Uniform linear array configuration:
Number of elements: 4
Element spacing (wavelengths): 0.25
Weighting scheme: hann
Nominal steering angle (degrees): -15
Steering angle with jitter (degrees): -15.436
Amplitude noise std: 0.05
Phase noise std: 0.05

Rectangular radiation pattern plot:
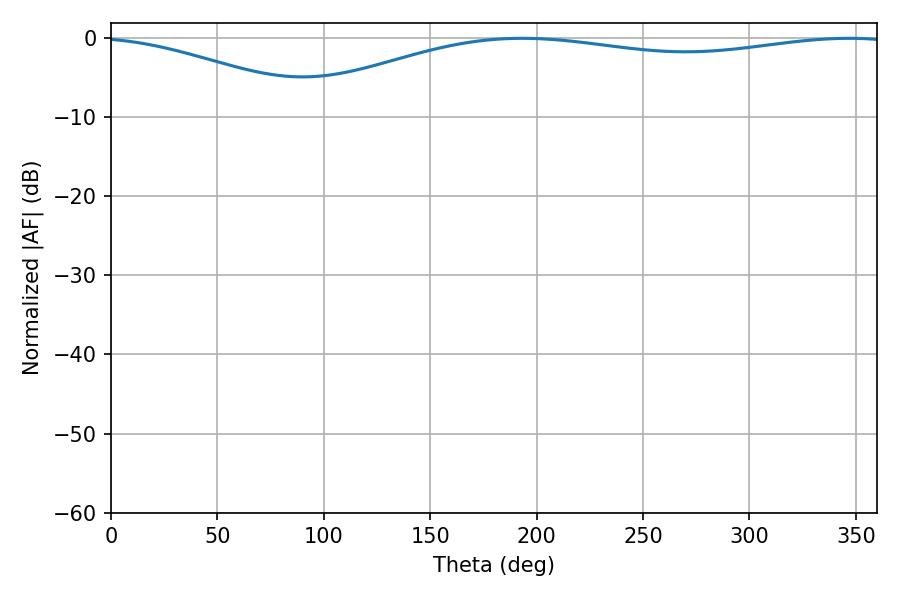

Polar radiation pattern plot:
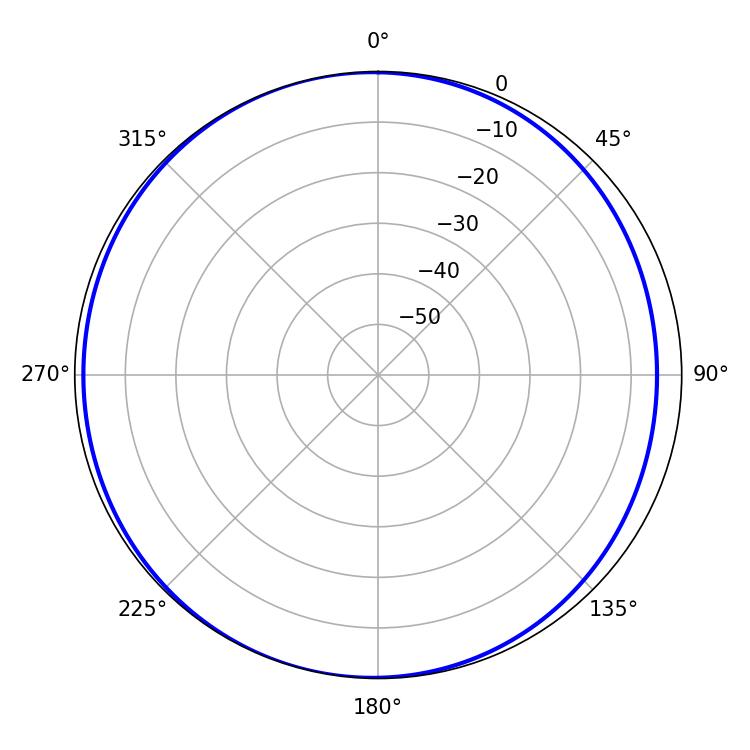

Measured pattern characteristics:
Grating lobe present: FALSE
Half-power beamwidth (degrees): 230.4
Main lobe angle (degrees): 193.14